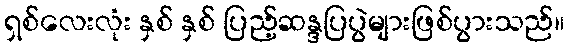
ရှစ်လေးလုံး နှစ် နှစ် ပြည့်ဆန္ဒပြပွဲများဖြစ်ပွားသည်။